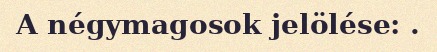
A négymagosok jelölése: .